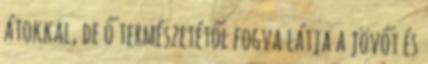
átokkal, de ő természetétől fogva látja a jövőt és